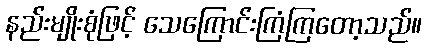
နည်းမျိုးစုံဖြင့် သေကြောင်းကြံကြတော့သည်။